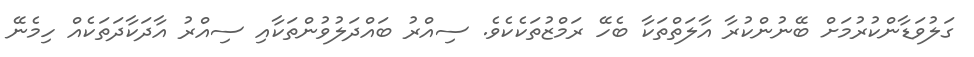
ގަލުވަޑާންކުރުމަށް ބޭނުންކުރާ އާލަތްތަކާ ބެހޭ ރަމްޒުތަކެކެވެ. ސިއްރު ބައްދަލުވުންތަކާއި ސިއްރު އާދަކާދަތަކެއް ހިމެނޭ